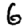
Digit: 6